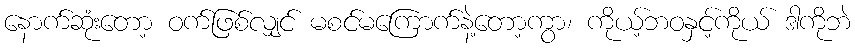
နောက်ဆုံးတော့ ဝက်ဖြစ်လျှင် မစင်မကြောက်နဲ့တော့ကွာ၊ ကိုယ့်ဘဝနှင့်ကိုယ် ဒါကိုဘဲ